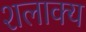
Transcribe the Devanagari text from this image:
शलाक्य